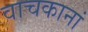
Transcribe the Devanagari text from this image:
वाचकानां